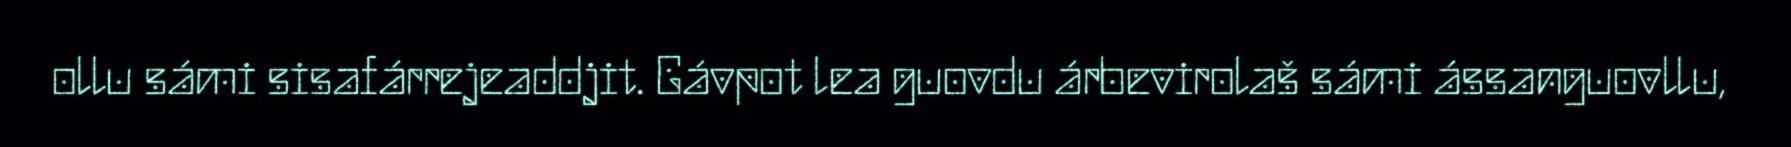
ollu sámi sisafárrejeaddjit. Gávpot lea guovdu árbevirolaš sámi ássanguovllu,